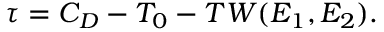
\tau = C _ { D } - T _ { 0 } - T W ( E _ { 1 } , E _ { 2 } ) .